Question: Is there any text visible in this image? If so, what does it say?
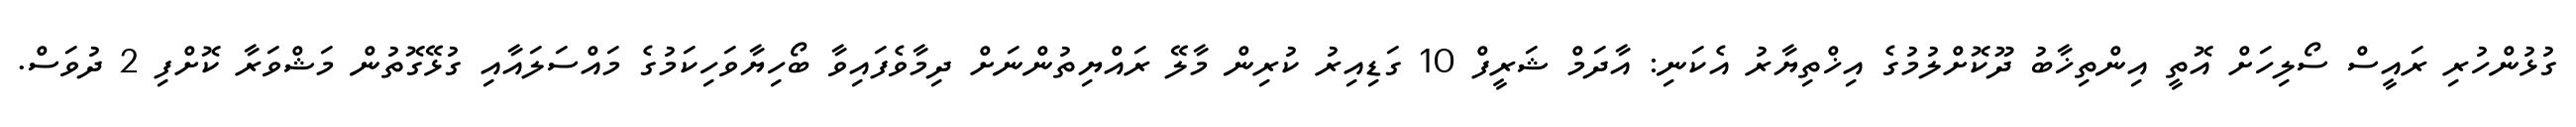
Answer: ގުޅުންހުރި ރައީސް ސޯލިހަށް އޮތީ އިންތިޚާބު ދޫކޮށްލުމުގެ އިޚްތިޔާރު އެކަނި: އާދަމް ޝަރީފް 10 ގަޑިއިރު ކުރިން މާލޭ ރައްޔިތުންނަށް ދިމާވެފައިވާ ބޯހިޔާވަހިކަމުގެ މައްސަލައާއި ގުޅޭގޮތުން މަޝްވަރާ ކޮށްފި 2 ދުވަސް.